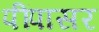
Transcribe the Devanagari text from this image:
पींपासर